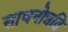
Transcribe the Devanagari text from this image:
साधनोन्नति